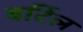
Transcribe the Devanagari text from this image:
बर्टिल